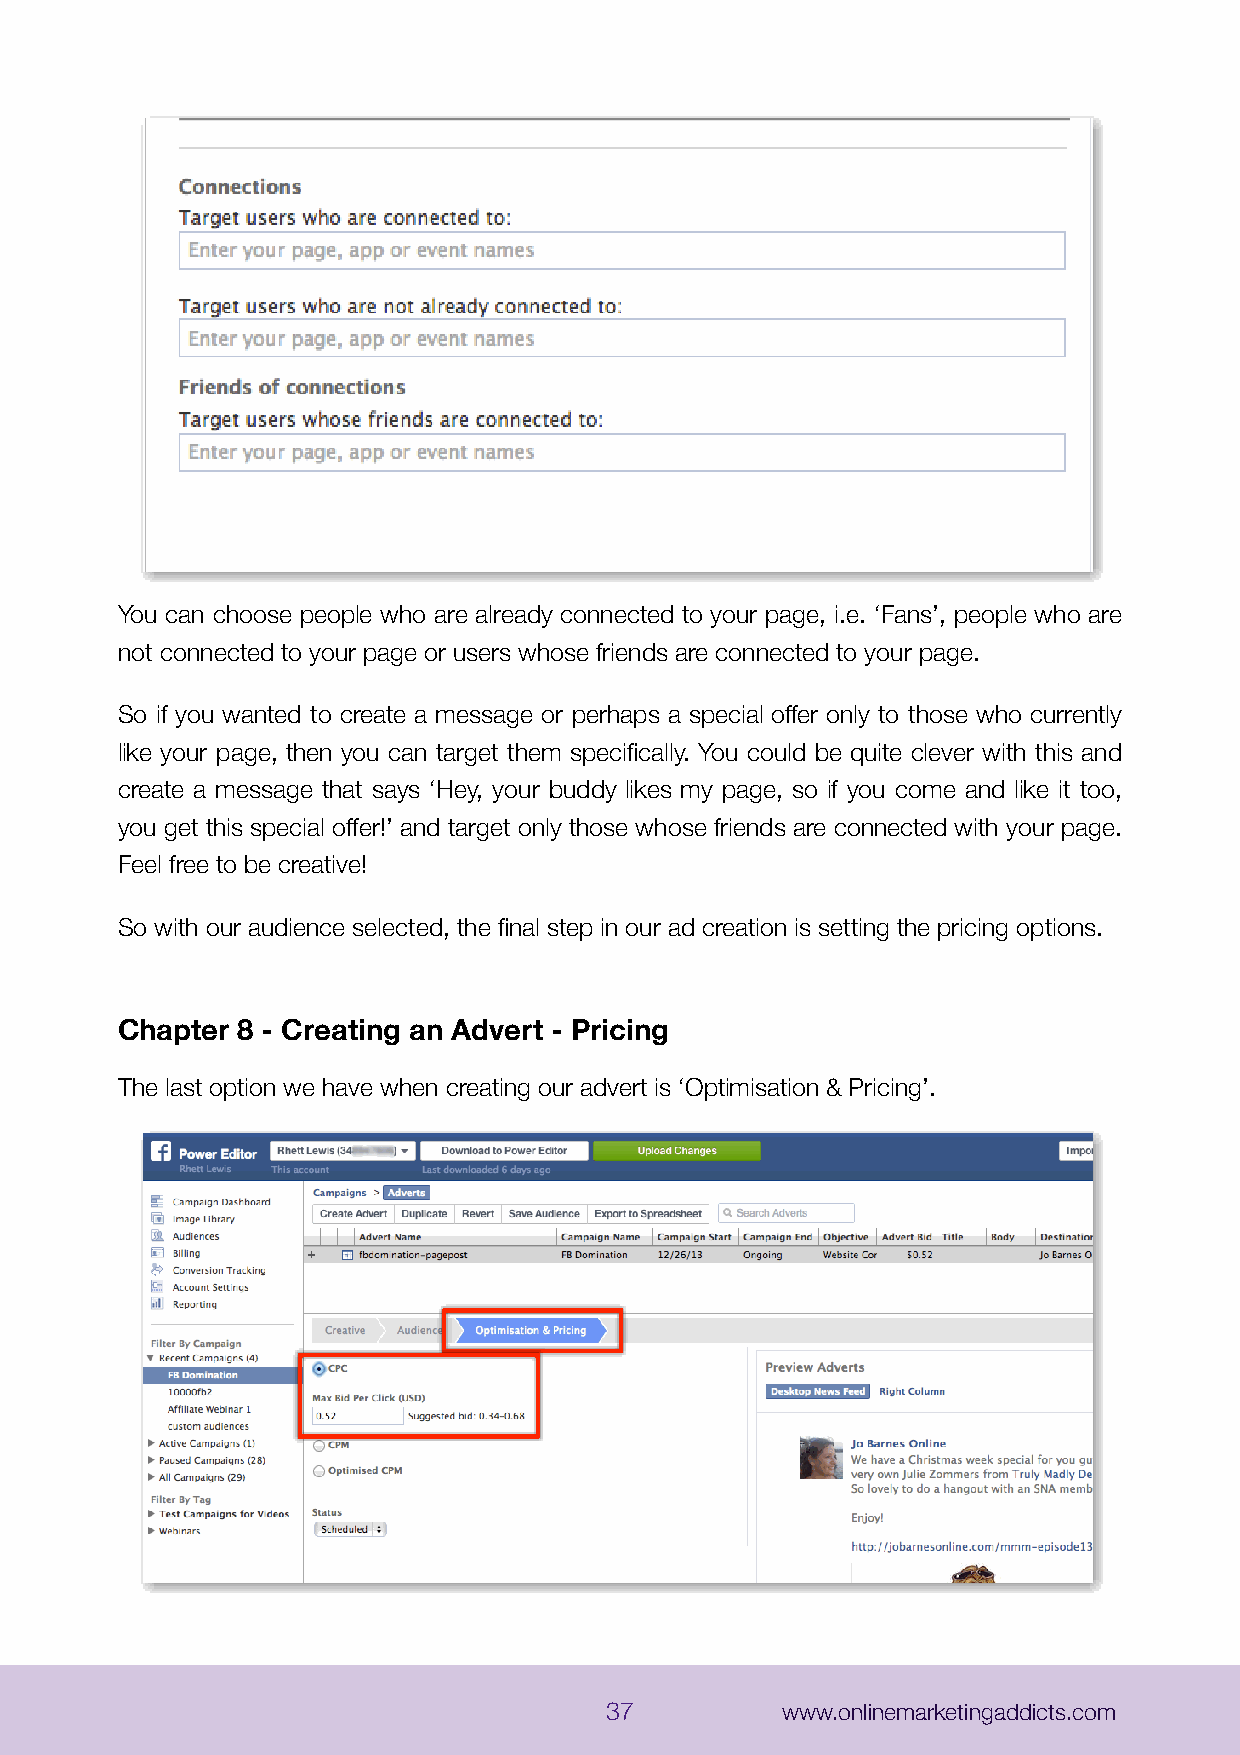
You can choose people who are already connected to your page, i.e. ‘Fans’, people who are
 not connected to your page or users whose friends are connected to your page.
 So if you wanted to create a message or perhaps a special offer only to those who currently
 like your page, then you can target them specifically. You could be quite clever with this and
 create a message that says ‘Hey, your buddy likes my page, so if you come and like it too,
 you get this special offer!’ and target only those whose friends are connected with your page.
 Feel free to be creative!
 So with our audience selected, the final step in our ad creation is setting the pricing options.
 Chapter 8 - Creating an Advert - Pricing
 The last option we have when creating our advert is ‘Optimisation & Pricing’.
 37          www.onlinemarketingaddicts.com